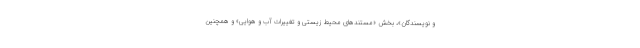
و نویسندگان»، بخش «مستندهای محیط زیستی و تغییرات آب و هوایی» و همچنین